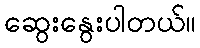
ဆွေးနွေးပါတယ်။